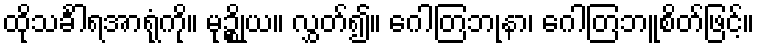
ထိုသင်္ခါရအာရုံကို။ မုဉ္စိုယ။ လွှတ်၍။ ဂေါတြဘုနာ၊ ဂေါတြဘူစိတ်ဖြင့်။